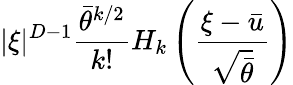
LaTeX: |\xi|^{D-1}\frac{\bar{\theta}^{k/2}}{k!}H_{k}\left(\frac{\xi-\bar{u}}{\sqrt{\bar{\theta}}}\right)